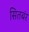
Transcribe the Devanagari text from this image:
सितबंर